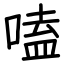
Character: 嗑